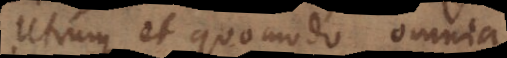
Utrum et quomodo omnia